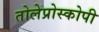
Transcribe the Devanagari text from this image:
तोलेप्रोस्कोपी